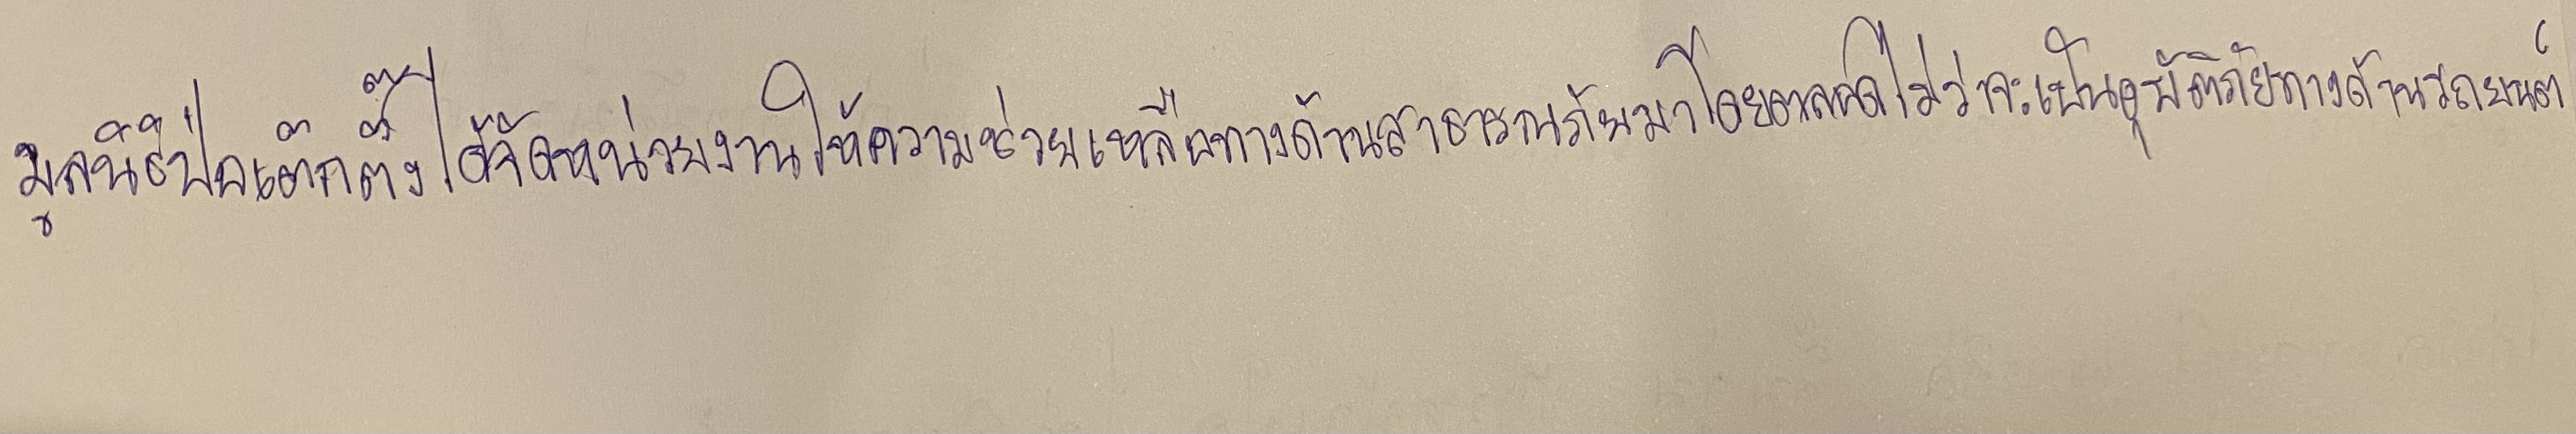
มูลนิธิป่อเต็กตึ๊งได้จัดหน่วยงานให้ความช่วยเหลือทางด้านสาธารณภัยมาโดยตลอดไม่ว่าจะเป็นอุบัติภัยทางด้านรถยนต์